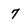
Character: 7